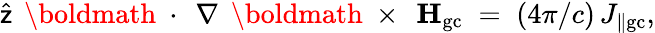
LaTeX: \widehat{\sf z}\, \mathrm{~\boldmath~\cdot~}\, \nabla\, \mathrm{~\boldmath~\times~}\, {\mathbf H}_{\mathrm{gc}}\; =\; (4\pi/c)\, J_{\| \mathrm{gc}},